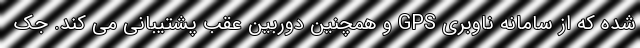
شده که از سامانه ناوبری GPS و همچنین دوربین عقب پشتیبانی می کند. جک